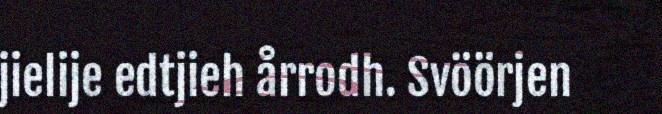
jielije edtjieh årrodh. Svöörjen